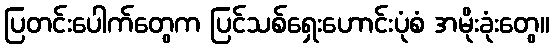
ပြတင်းပေါက်တွေက ပြင်သစ်ရှေးဟောင်းပုံစံ အမိုးခုံးတွေ။